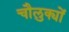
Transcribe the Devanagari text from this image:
चौलुक्यों